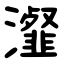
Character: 瀣